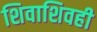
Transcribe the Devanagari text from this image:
शिवाशिवही